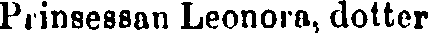
Prinsessan Leonora, dotter